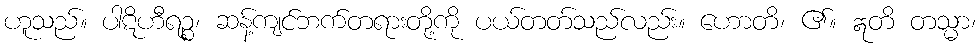
ဟူသည်။ ပါဋိဟီရဉ္စ၊ ဆန့်ကျင်ဘက်တရားတို့ကို ပယ်တတ်သည်လည်း။ ဟောတိ၊ ၏။ ဣတိ တသ္မာ၊